Punjab Mental Hospital Lahore 1922-31 - 1922-1931
Year: 1922
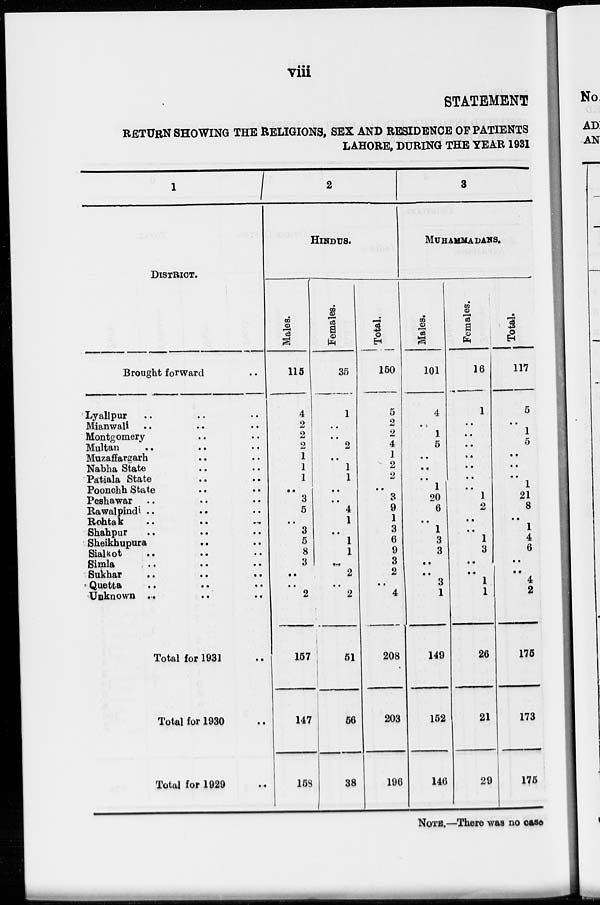
viii
STATEMENT
RETURN SHOWING THE RELIGIONS, SEX AND RESIDENCE OF PATIENTS
LAHORE, DURING THE YEAR 1931
1
DISTRICT.
Brought forward ..
Lyallpur .. .. ..
Mianwali .. .. ..
Montgomery .. .. ..
Multan
..
..
..
Muzaffargarh .. .. ..
Nabha State .. .. ..
Patiala State .. .. ..
Poonchh State .. .. ..
Peshawar .. .. ..
Rawalpindi .. .. ..
Rohtak .. .. ..
Shahpur .. .. ..
Sheikhupura .. .. ..
Sialkot .. .. ..
Simla .. .. ..
Sukhar .. .. ..
Quetta .. .. ..
Unknown ..
..
..
Total for 1931 ..
Total for 1930 ..
Total for 1929 ..
2
HINDUS.
Males.
115
4
2
2
2
1
1
1
..
3
5
..
3
5
8
3
..
..
2
157
147
158
Females.
35
1
..
..
2
..
1
1
..
..
4
1
..
1
1
..
2
..
2
51
56
38
Total.
150
5
2
2
4
1
2
2
..
3
9
1
3
6
9
3
2
..
4
208
203
196
3
MUHAMMADANS.
Males.
101
4
..
1
5
..
..
..
1
20
6
..
1
3
3
..
..
3
1
149
152
146
Females.
16
1
..
..
..
..
..
..
..
1
2
..
..
1
3
..
..
1
1
26
21
29
Total.
117
5
..
1
5
..
..
..
1
21
8
..
1
4
6
..
..
4
2
175
173
175
NOTE.—There was no case